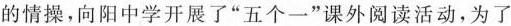
的情操，向阳中学开展了”五个一”课外阅读活动，为了